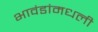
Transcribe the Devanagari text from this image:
भावंडांमधली